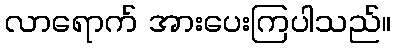
လာရောက် အားပေးကြပါသည်။